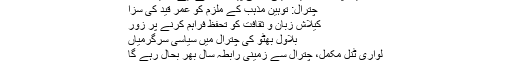
خیبر پختونخوا میں اقلیتی مذہبی پیشواؤں کے لیے وظیفہ مقرر
چترال: توہینِ مذہب کے ملزم کو عمر قید کی سزا
کیلاش زبان و ثقافت کو تحفظ فراہم کرنے پر زور
بلاول بھٹو کی چترال میں سیاسی سرگرمیاں
لواری ٹنل مکمل، چترال سے زمینی رابطہ سال بھر بحال رہے گا
کالاش قبیلہ معدومی کے خطرے سے پریشان